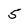
Character: 5